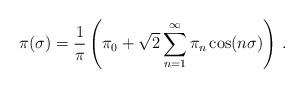
LaTeX: \begin{align*}\pi (\sigma) ={1 \over \pi} \left( \pi_0 + {\sqrt{2} }\sum_{n = 1}^{ \infty}\pi_n \cos (n \sigma)\right) \,.\end{align*}